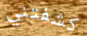
كشفتني